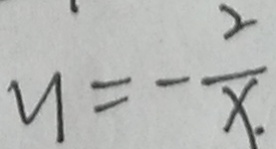
y = - \frac { 2 } { x . }